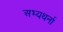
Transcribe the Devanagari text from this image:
अभ्यथर्ना